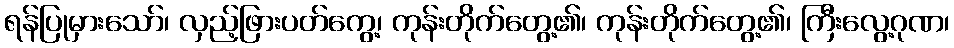
ရန်ပြုမှားသော်၊ လှည့်ဖြားပတ်ကွေ့၊ ကုန်းတိုက်တွေ့၏၊ ကုန်းတိုက်တွေ့၏၊ ကြီးလွေ့ဂုဏ၊